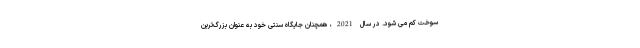
سوخت کم می شود. در سال 2021، همچنان جایگاه سنتی خود به عنوان بزرگ‌ترین